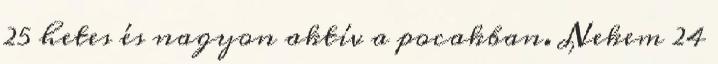
25 hetes és nagyon aktív a pocakban. Nekem 24